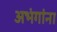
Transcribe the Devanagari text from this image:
अभंगांना